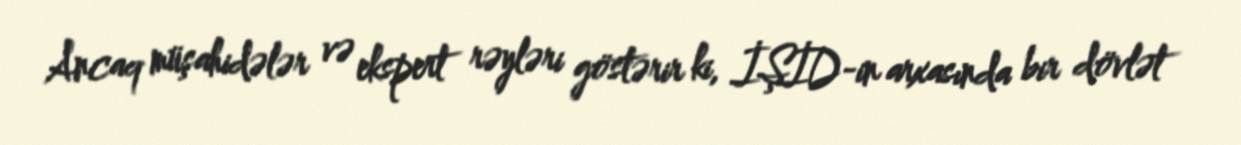
Ancaq müşahidələr və ekspert rəyləri göstərir ki, İŞİD-in arxasında bir dövlət